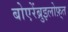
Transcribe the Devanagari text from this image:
बोएरेंब्रुइलोफ़्त